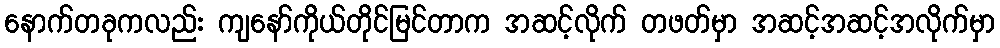
နောက်တခုကလည်း ကျနော်ကိုယ်တိုင်မြင်တာက အဆင့်လိုက် တဖတ်မှာ အဆင့်အဆင့်အလိုက်မှာ